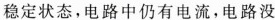
稳定状态，电路中仍有电流，电路没